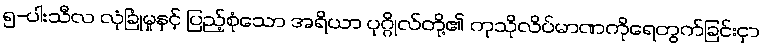
၅-ပါးသီလ လုံခြုံမှုနှင့် ပြည့်စုံသော အရိယာ ပုဂ္ဂိုလ်တို့၏ ကုသိုလိပ်မာဏကိုရေတွက်ခြင်းငှာ